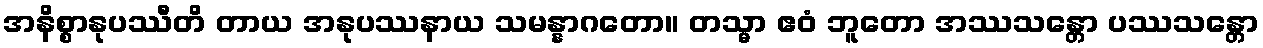
အနိစ္စာနုပဿီတိ တာယ အနုပဿနာယ သမန္နာဂတော။ တသ္မာ ဧဝံ ဘူတော အဿသန္တော ပဿသန္တော